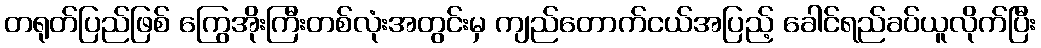
တရုတ်ပြည်ဖြစ် ကြွေအိုးကြီးတစ်လုံးအတွင်းမှ ကျည်တောက်ငယ်အပြည့် ခေါင်ရည်ခပ်ယူလိုက်ပြီး